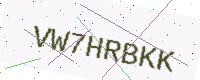
Text: VW7HRBKK